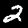
Label: 2